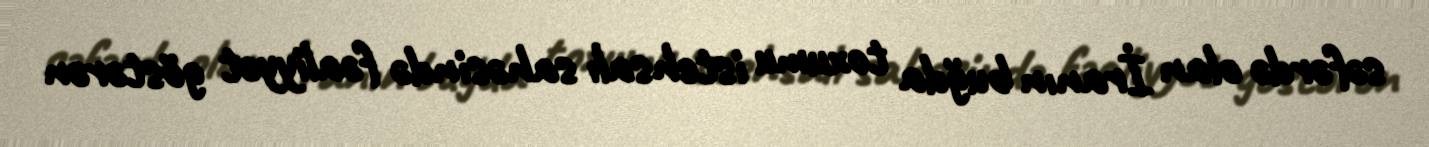
səfərdə olan İranın buğda toxumu istehsalı sahəsində fəaliyyət göstərən